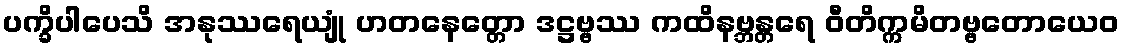
ပက္ခိပါပေသိ အနုဿရေယျုံ ဟတနေတ္တော ဒဋ္ဌဗ္ဗဿ ကထိနဗ္ဘန္တရေ ဝီတိက္ကမိတဗ္ဗတောယေဝ